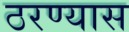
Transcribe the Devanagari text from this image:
ठरण्यास